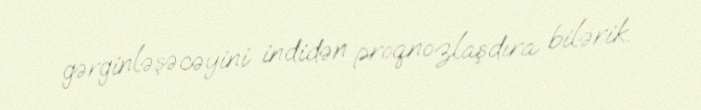
gərginləşəcəyini indidən proqnozlaşdıra bilərik.